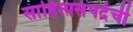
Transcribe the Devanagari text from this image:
साहित्यसंपदेची